Leaving Certificate Examination, 1916
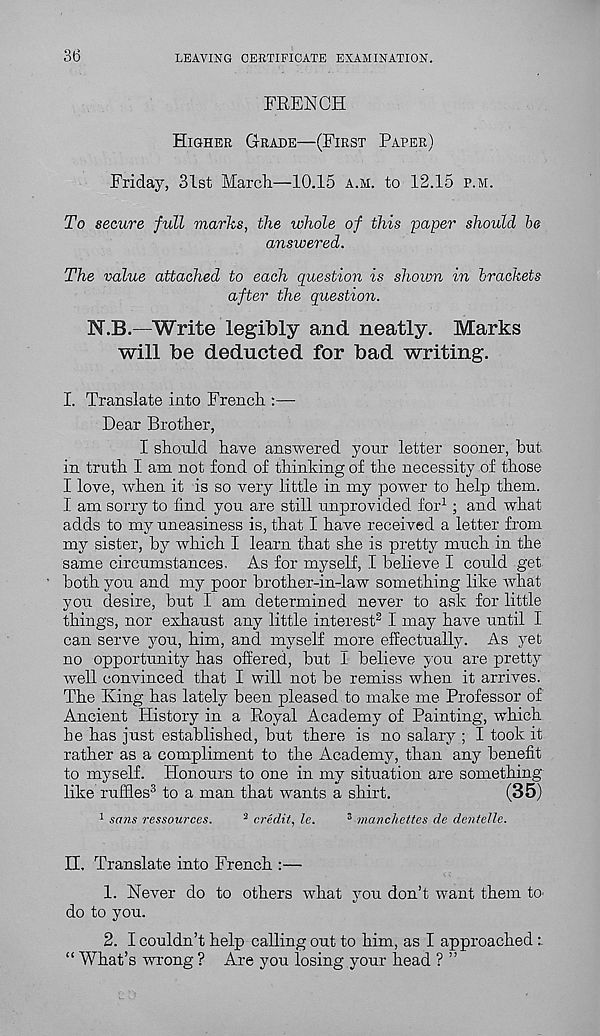
36
LEAVING CERTIFICATE EXAMINATION.
FRENCH
Higher Grade—(First Paper)
Friday, 31st March.—10.15 a.m. to 12.15 p.m.
To secure full marks, the whole of this paper should be
answered.
The value attached to each question is shoion in brackets
after the question.
N.B.—Write legibly and neatly. Marks
will be deducted for bad writing.
I. Translate into French :—
Dear Brother,
I should have answered your letter sooner, hut
in truth I am not fond of thinking of the necessity of those
I love, when it is so very little in my power to help them.
I am sorry to find you are still unprovided for 1 ; and what
adds to my uneasiness is, that I have received a letter from
my sister, by which I learn that she is pretty much in the
same circumstances. As for myself, I believe I could get
both you and my poor brother-in-law something like what
you desire, but I am determined never to ask for little
things, nor exhaust any little interest 2 I may have until I
can serve you, him, and myself more effectually. As yet
no opportunity has offered, but I believe you are pretty
well convinced that I will not be remiss when it arrives.
The King has lately been pleased to make me Professor of
Ancient History in a Royal Academy of Painting, which
he has just established, but there is no salary ; I took it
rather as a compliment to the Academy, than any benefit
to myself. Honours to one in my situation are something
like ruffles 3 to a man that wants a shirt.
(35)
1 sans ressources.
3 credit, le.
3 manchettes de dentelle.
H. Translate into French :—
1. Never do to others what you don’t want them to^
do to you.
2. I couldn’t help calling out to him, as I approached
“ What’s wrong ? Are you losing your head ? ”